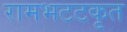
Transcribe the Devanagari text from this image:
रामभटटकृत